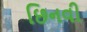
છિનવી